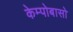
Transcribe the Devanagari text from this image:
केम्पोबासो